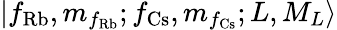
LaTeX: |f_{\textrm{Rb}},m_{f_{\textrm{Rb}}};f_{\textrm{Cs}},m_{f_{\textrm{Cs}}};L,M_{L}\rangle